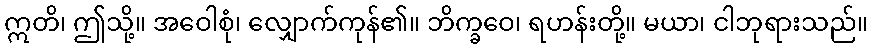
ဣတိ၊ ဤသို့။ အဝေါစုံ၊ လျှောက်ကုန်၏။ ဘိက္ခဝေ၊ ရဟန်းတို့။ မယာ၊ ငါဘုရားသည်။